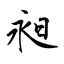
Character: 昶